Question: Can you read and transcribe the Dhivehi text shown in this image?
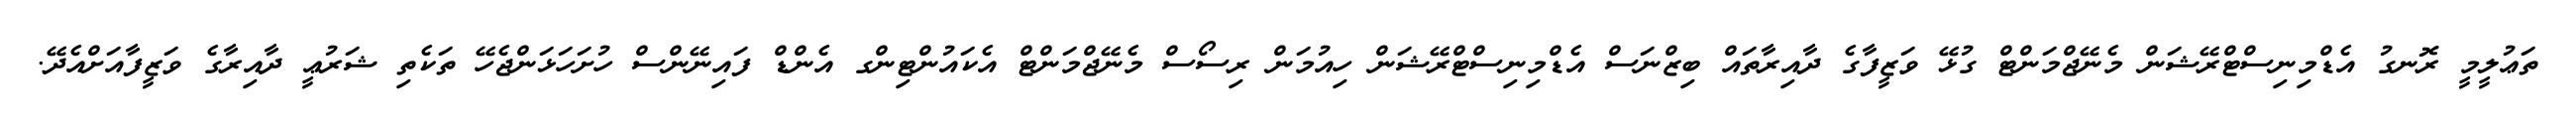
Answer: ތަޢުލީމީ ރޮނގު އެޑްމިނިސްޓްރޭޝަން މެނޭޖްމަންޓް ގުޅޭ ވަޒީފާގެ ދާއިރާތައް ބިޒްނަސް އެޑްމިނިސްޓްރޭޝަން ހިއުމަން ރިސޯސް މެނޭޖްމަންޓް އެކައުންޓިންގ އެންޑް ފައިނޭންސް ހުށަހަޅަންޖެހޭ ތަކެތި ޝަރުޢީ ދާއިރާގެ ވަޒީފާއަށްއެދޭ.